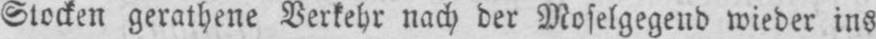
Stocken gerathene Verkehr nach der Moselgegend wieder ins